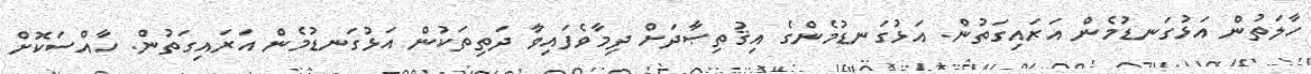
ހާލަތުން އަޅުގަނޑުމެން އަރައިގަތުން. އަޅުގަނޑުމެންގެ އިޤުތިޞާދަށް ދިމާވެފައިވާ ދަތިތަކުން އަޅުގަނޑުމެން އަރައިގަތުން. ހާއްސަކޮށް